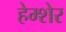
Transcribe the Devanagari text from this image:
हेम्शेर